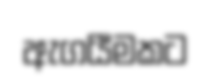
ඇගයීමකට